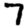
Digit: 7